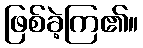
ဖြစ်ခဲ့ကြ၏။